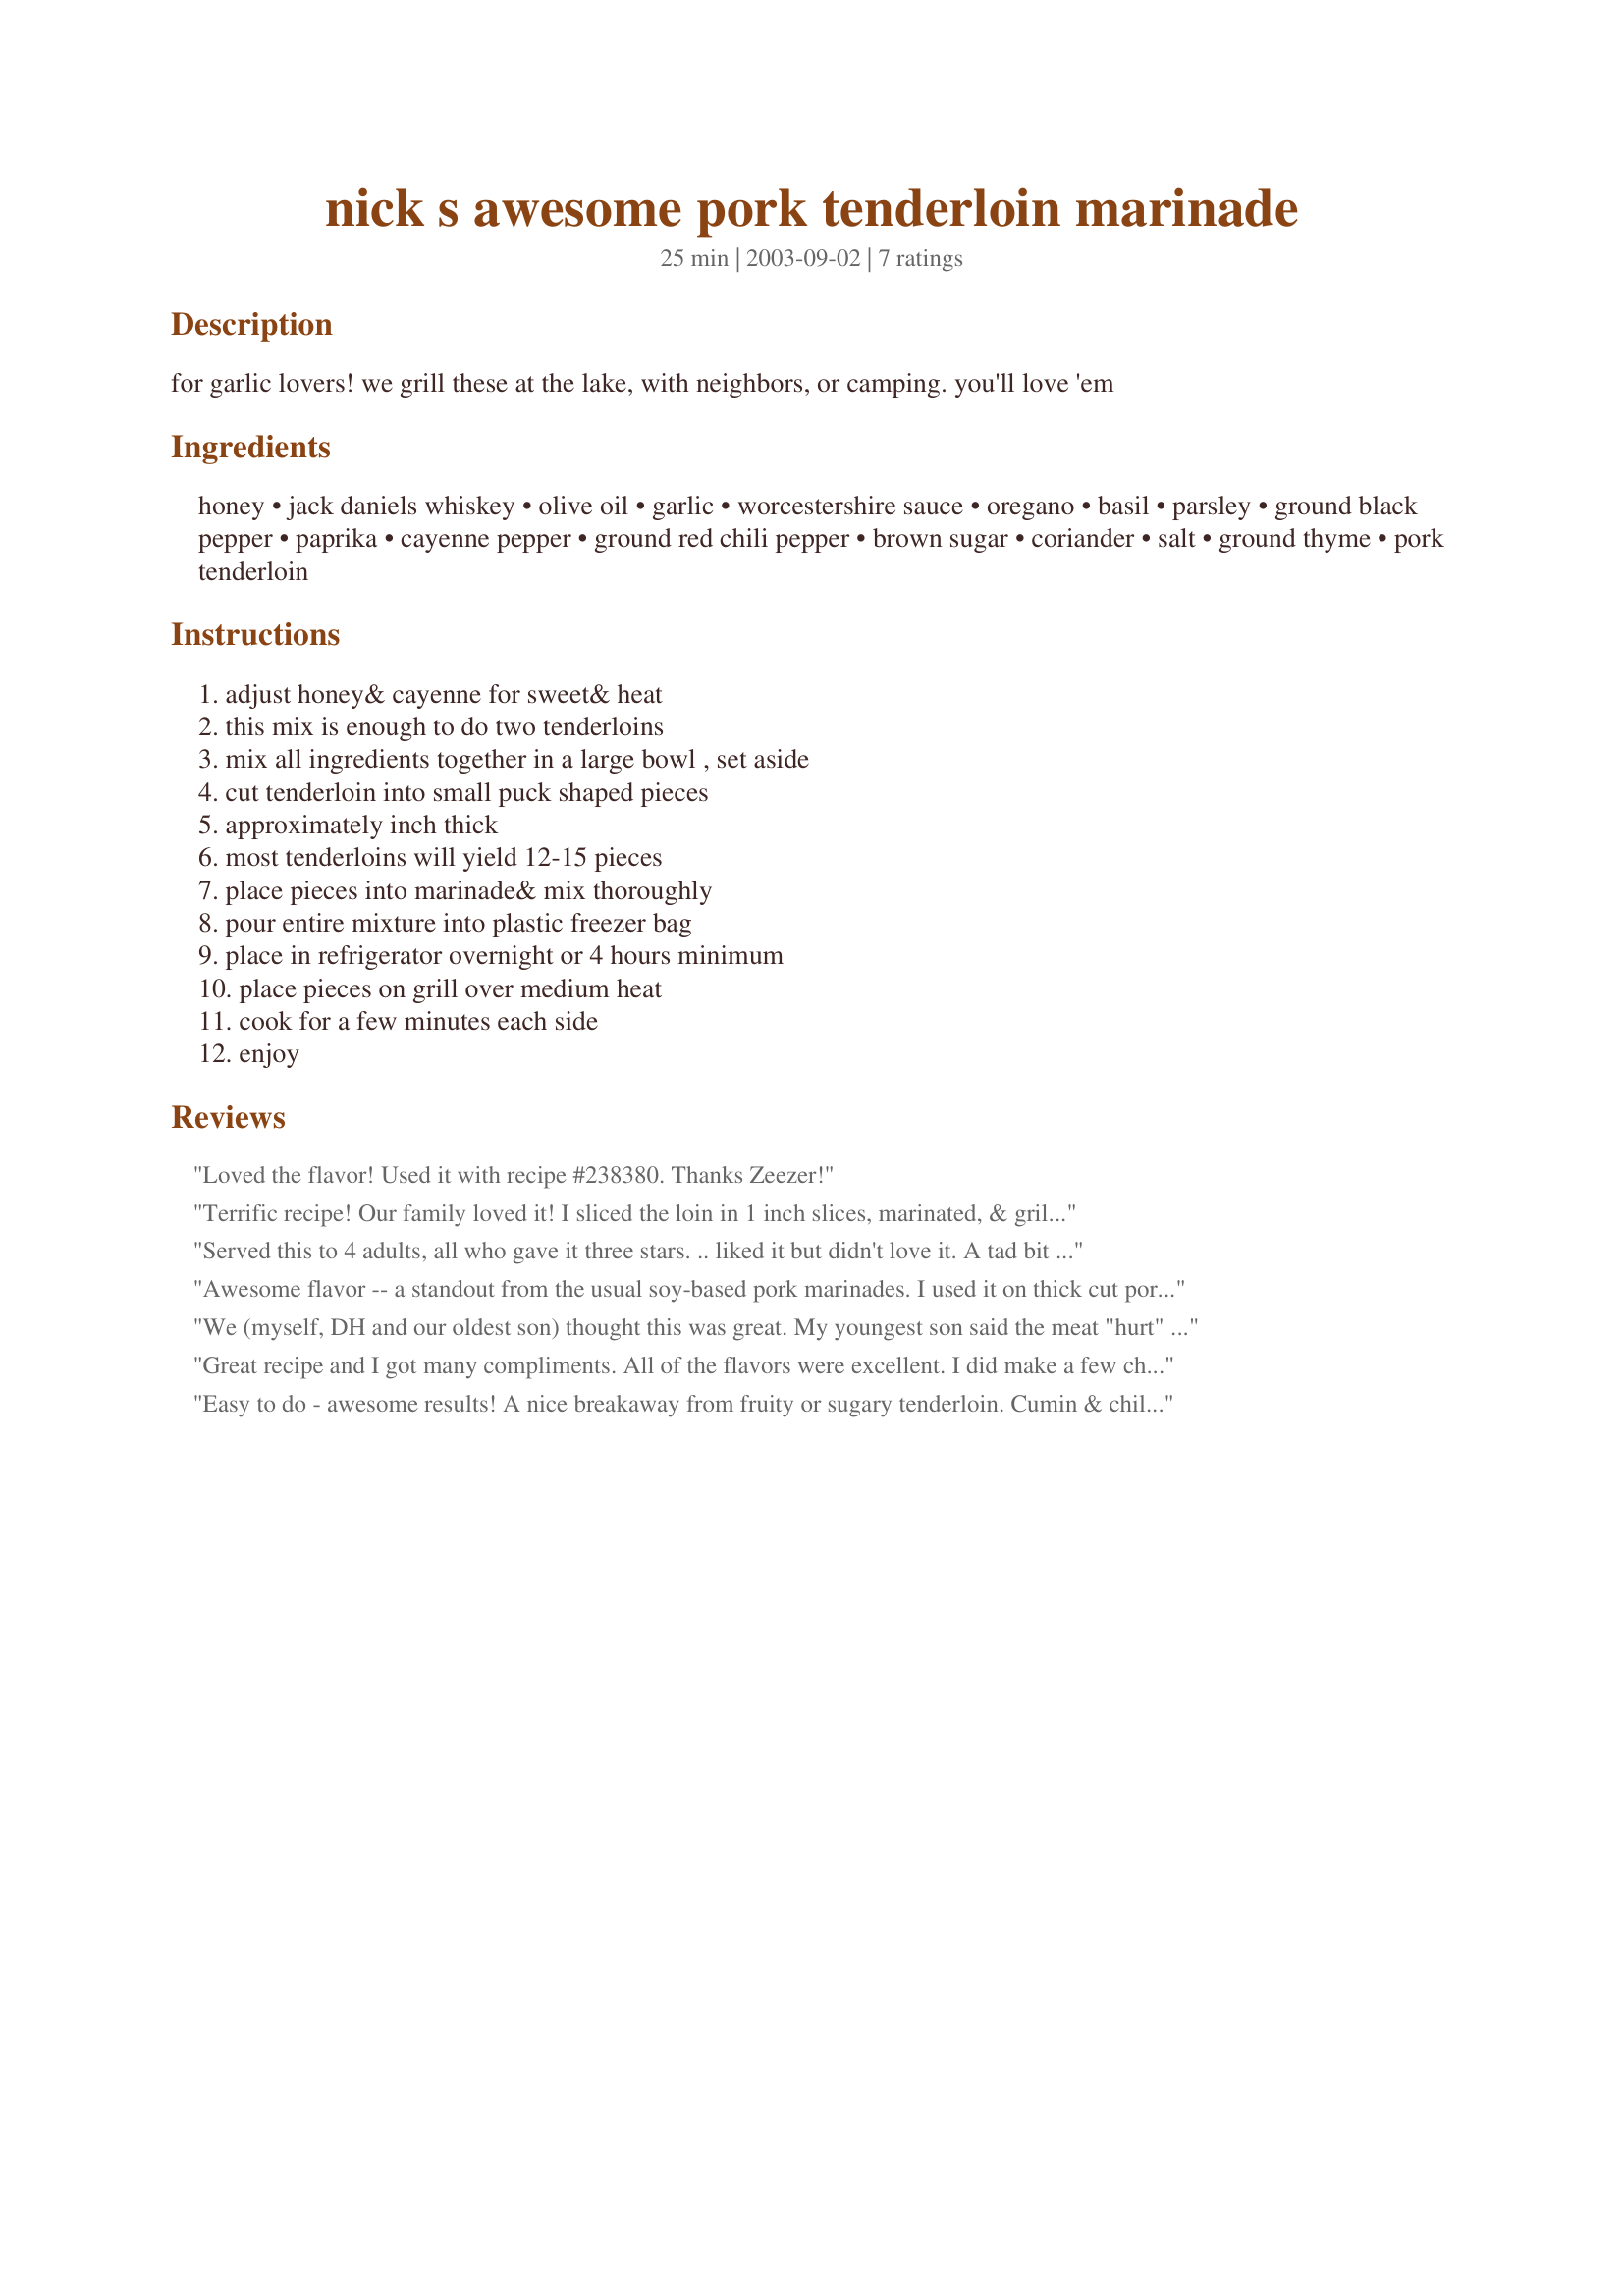
nick s awesome pork tenderloin marinade
Preparation time: 25 minutes

for garlic lovers! we grill these at the lake, with neighbors, or camping. you'll love 'em

Ingredients:
honey, jack daniels whiskey, olive oil, garlic, worcestershire sauce, oregano, basil, parsley, ground black pepper, paprika, cayenne pepper, ground red chili pepper, brown sugar, coriander, salt, ground thyme, pork tenderloin

Steps:
adjust honey& cayenne for sweet& heat, this mix is enough to do two tenderloins, mix all ingredients together in a large bowl , set aside, cut tenderloin into small puck shaped pieces, approximately inch thick, most tenderloins will yield 12-15 pieces, place pieces into marinade& mix thoroughly, pour entire mixture into plastic freezer bag, place in refrigerator overnight or 4 hours minimum, place pieces on grill over medium heat, cook for a few minutes each side, enjoy

Reviews:
Loved the flavor! Used it with recipe #238380. Thanks Zeezer!
Terrific recipe! Our family loved it! I sliced the loin in 1 inch slices, marinated, & grilled. Just great! Please forgive me, but I used rum (no whiskey in the house). I figured with the honey, the rum should be ok. I think the whiskey will add a whole 'nother dimension (which I will pick up to have on hand next time)! Thank you!
Served this to 4 adults, all who gave it three stars. .. liked it but didn't love it. A tad bit too sweet for all of us, so if I make it again, I'll decrease the honey to 1/4 cup and eliminate the sugar. I also added some cumin. I left my tenderloin whole, marinated it for almost 48 hrs in the fridge, then cooked uncovered in the oven at 325 degrees for 40 minutes.
Awesome flavor -- a standout from the usual soy-based pork marinades. I used it on thick cut pork chops on the grill, and they turned out tender and very flavorful.
We (myself, DH and our oldest son) thought this was great. My youngest son said the meat "hurt" his mouth so I guess it was too much for him. This was the first time I used whiskey as an ingredient. I had J&B instead of Jack Daniels and have no idea of the difference in taste. I maarinated thick, center cut chops overnight and the flavor really came through. Thanks for a nice recipe!
Great recipe and I got many compliments. All of the flavors were excellent. I did make a few changes. I reduced all the dry ingredients to 1 teaspoon. It just seemed like a tablespoon was a lot. I also added about 1/4 cup of soy sauce and 1/4 cup of orance juice. I reduced the honey to 1/4 cup as recommended by another reviewer. I think dijon mustard would be good as well. We cooked it on the grill as instructed and we took it off when internal temp was 130 and welet it stand about 10 minutes. YUM!
Easy to do - awesome results! A nice breakaway from fruity or sugary tenderloin. Cumin & chilies really come through; the tongue is a-tingle with delight. Served with plain boiled potatoes, yogurt & fresh chopped parsley, and steamed broccoli...but the marinade was the star! do try it!
